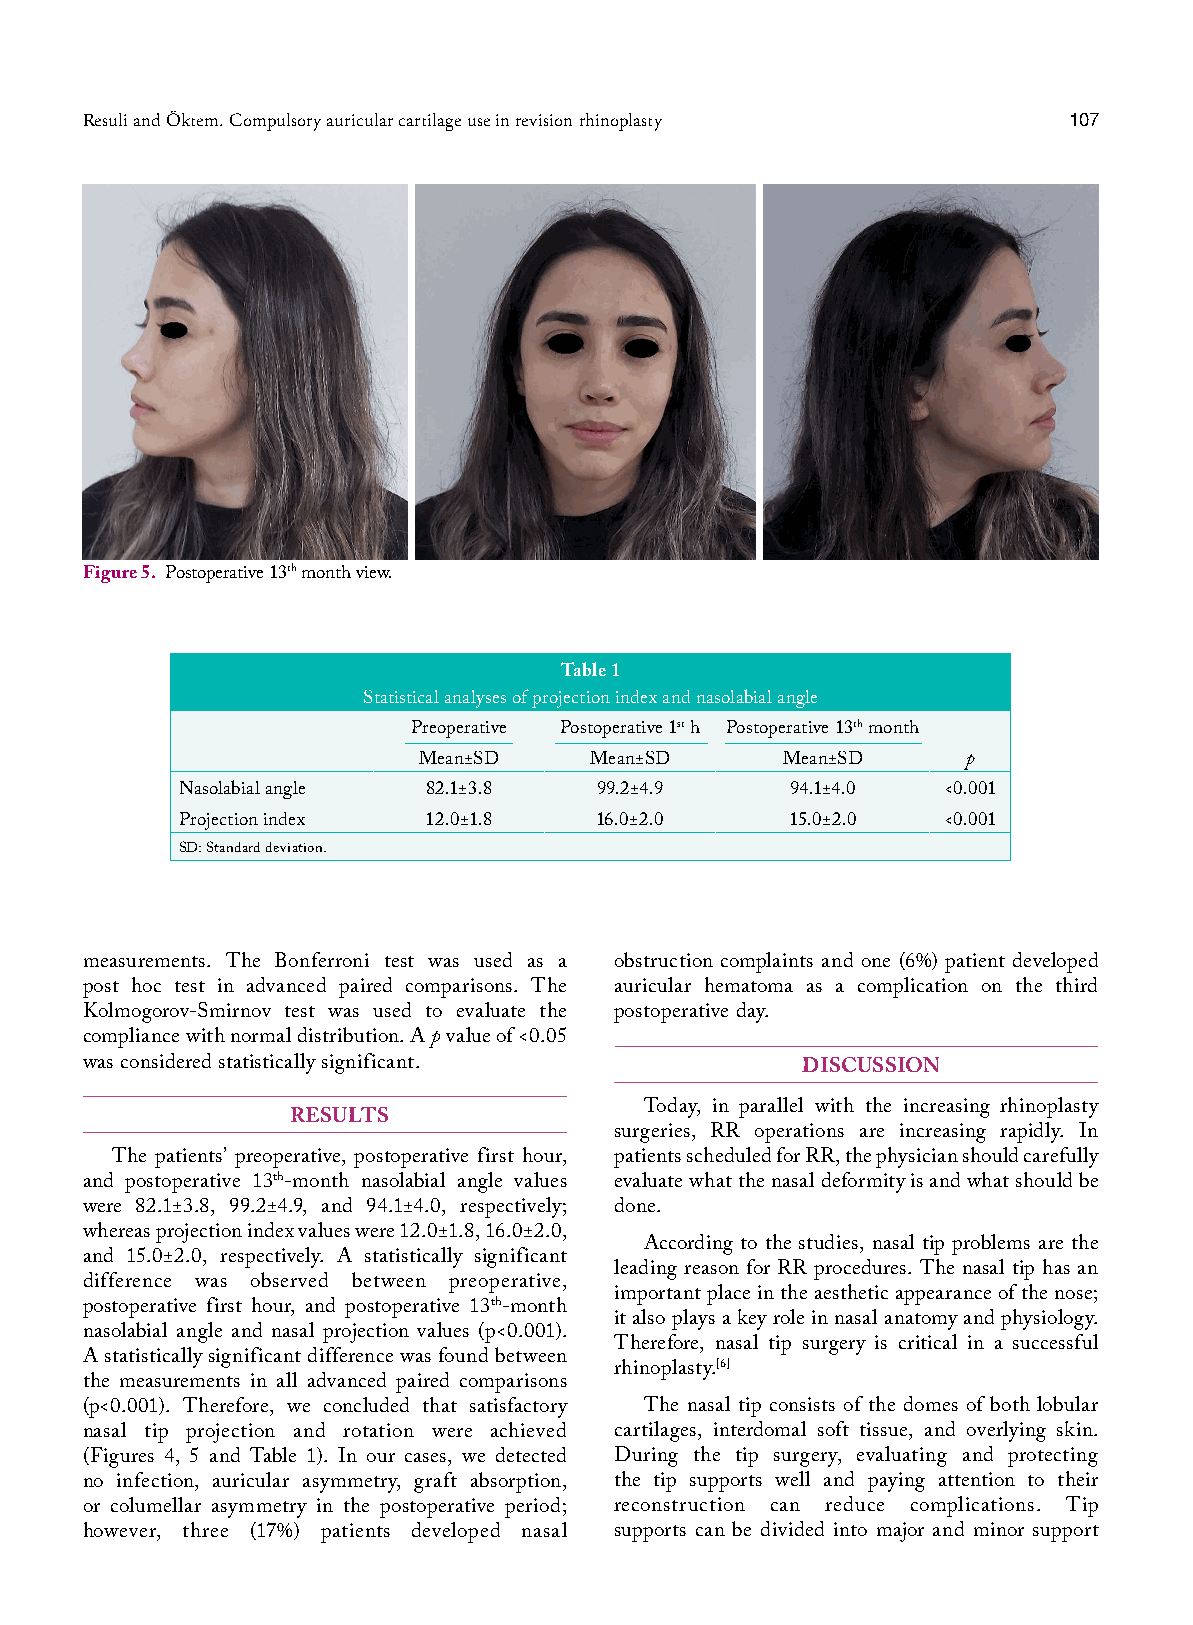
Resuli and Öktem. Compulsory auricular cartilage use in revision rhinoplasty 107
 Figure 5. Postoperative 13th month view.
 Table 1
 Statistical analyses of projection index and nasolabial angle
 Preoperative Postoperative 1st h Postoperative 13th month
 Mean±SD    Mean±SD      Mean±SD     p
 Nasolabial angle 82.1±3.8   99.2±4.9    94.1±4.0  <0.001
 Projection index 12.0±1.8  16.0±2.0     15.0±2.0  <0.001
 SD: Standard deviation.
 measurements. The Bonferroni test was used as a obstruction complaints and one (6%) patient developed
 post hoc test in advanced paired comparisons. The auricular hematoma as a complication on the third
 Kolmogorov-Smirnov test was used to evaluate the postoperative day.
 compliance with normal distribution. A p value of <0.05
 was considered statistically significant.       DISCUSSION
 Today, in parallel with the increasing rhinoplasty
 RESULTS
 surgeries, RR operations are increasing rapidly. In
 The patients’ preoperative, postoperative first hour, patients scheduled for RR, the physician should carefully
 and postoperative 13th-month nasolabial angle values evaluate what the nasal deformity is and what should be
 were 82.1±3.8, 99.2±4.9, and 94.1±4.0, respectively; done.
 whereas projection index values were 12.0±1.8, 16.0±2.0,
 According to the studies, nasal tip problems are the
 and 15.0±2.0, respectively. A statistically significant
 leading reason for RR procedures. The nasal tip has an
 difference was observed between preoperative,
 important place in the aesthetic appearance of the nose;
 postoperative first hour, and postoperative 13th-month
 it also plays a key role in nasal anatomy and physiology.
 nasolabial angle and nasal projection values (p<0.001).
 Therefore, nasal tip surgery is critical in a successful
 A statistically significant difference was found between
 rhinoplasty.[6]
 the measurements in all advanced paired comparisons
 (p<0.001). Therefore, we concluded that satisfactory The nasal tip consists of the domes of both lobular
 nasal tip projection and rotation were achieved cartilages, interdomal soft tissue, and overlying skin.
 (Figures 4, 5 and Table 1). In our cases, we detected During the tip surgery, evaluating and protecting
 no infection, auricular asymmetry, graft absorption, the tip supports well and paying attention to their
 or columellar asymmetry in the postoperative period; reconstruction can reduce complications. Tip
 however, three (17%) patients developed nasal supports can be divided into major and minor support